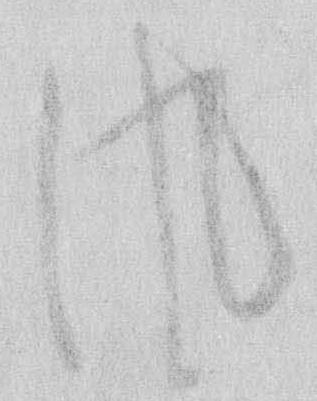
風